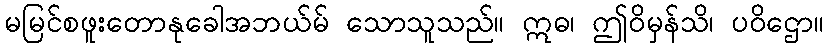
မမြင်စဖူးတောနုခေါအဘယ်မ် သောသူသည်။ ဣဓ၊ ဤဝိမှန်သိ၊ ပဝိဌော။